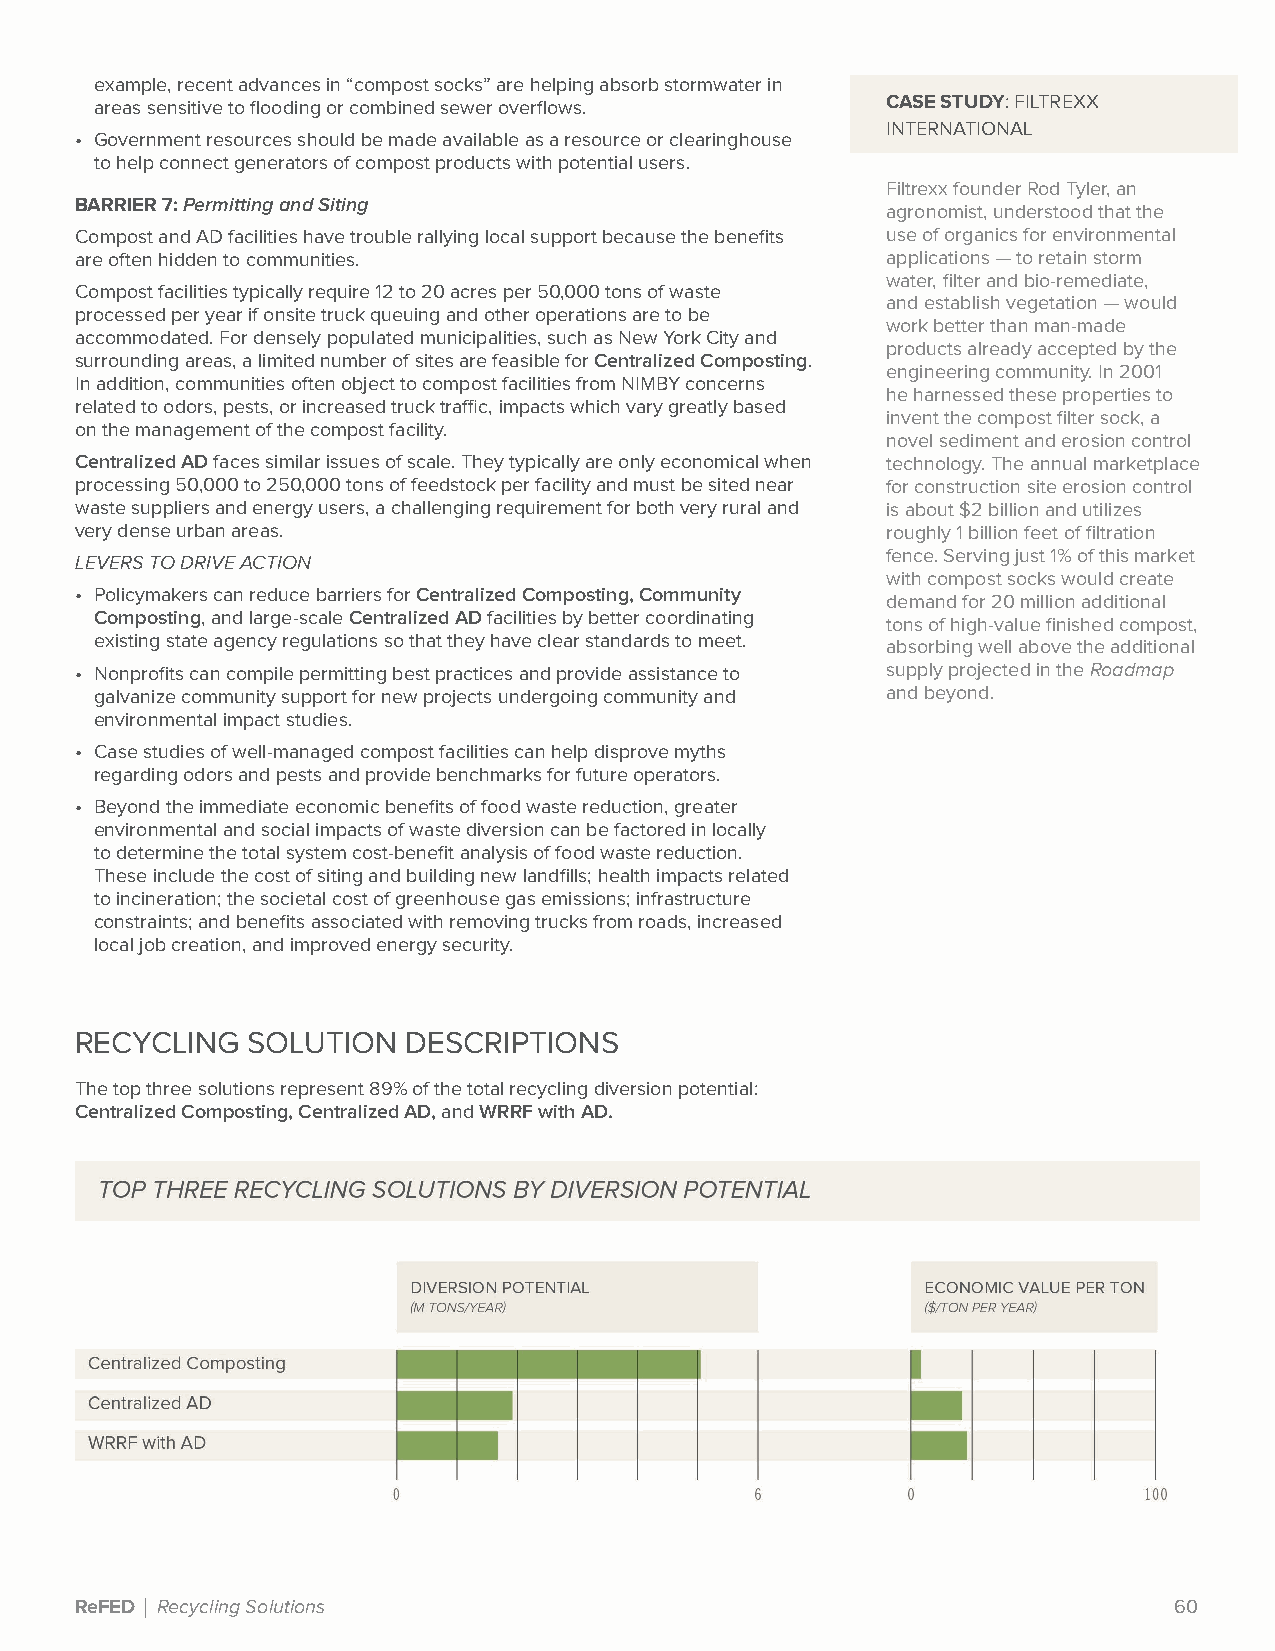
example, recent advances in “compost socks” are helping absorb stormwater in
 areas sensitive to flooding or combined sewer overflows. CASE STUDY: FILTREXX
 INTERNATIONAL
 • Government resources should be made available as a resource or clearinghouse
 to help connect generators of compost products with potential users.
 Filtrexx founder Rod Tyler, an
 BARRIER 7: Permitting and Siting
 agronomist, understood that the
 Compost and AD facilities have trouble rallying local support because the benefits use of organics for environmental
 are often hidden to communities.                      applications — to retain storm
 water, filter and bio-remediate,
 Compost facilities typically require 12 to 20 acres per 50,000 tons of waste
 and establish vegetation — would
 processed per year if onsite truck queuing and other operations are to be
 work better than man-made
 accommodated. For densely populated municipalities, such as New York City and
 products already accepted by the
 surrounding areas, a limited number of sites are feasible for Centralized Composting.
 engineering community. In 2001
 In addition, communities often object to compost facilities from NIMBY concerns
 he harnessed these properties to
 related to odors, pests, or increased truck traffic, impacts which vary greatly based
 invent the compost filter sock, a
 on the management of the compost facility.
 novel sediment and erosion control
 Centralized AD faces similar issues of scale. They typically are only economical when technology. The annual marketplace
 processing 50,000 to 250,000 tons of feedstock per facility and must be sited near for construction site erosion control
 waste suppliers and energy users, a challenging requirement for both very rural and is about $2 billion and utilizes
 very dense urban areas.                               roughly 1 billion feet of filtration
 fence. Serving just 1% of this market
 LEVERS TO DRIVE ACTION
 with compost socks would create
 • Policymakers can reduce barriers for Centralized Composting, Community demand for 20 million additional
 Composting, and large-scale Centralized AD facilities by better coordinating tons of high-value finished compost,
 existing state agency regulations so that they have clear standards to meet. absorbing well above the additional
 • Nonprofits can compile permitting best practices and provide assistance to supply projected in the Roadmap
 galvanize community support for new projects undergoing community and and beyond.
 environmental impact studies.
 • Case studies of well-managed compost facilities can help disprove myths
 regarding odors and pests and provide benchmarks for future operators.
 • Beyond the immediate economic benefits of food waste reduction, greater
 environmental and social impacts of waste diversion can be factored in locally
 to determine the total system cost-benefit analysis of food waste reduction.
 These include the cost of siting and building new landfills; health impacts related
 to incineration; the societal cost of greenhouse gas emissions; infrastructure
 constraints; and benefits associated with removing trucks from roads, increased
 local job creation, and improved energy security.
 RECYCLING  SOLUTION   DESCRIPTIONS
 The top three solutions represent 89% of the total recycling diversion potential:
 Centralized Composting, Centralized AD, and WRRF with AD.
 ReFED | Recycling Solutions                                              60